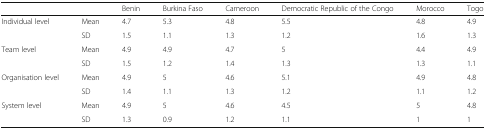
<table><thead><tr><td colspan="2"></td><td><b>Benin</b></td><td><b>Burkina Faso</b></td><td><b>Cameroon</b></td><td><b>Democratic Republic of the Congo</b></td><td><b>Morocco</b></td><td><b>Togo</b></td></tr></thead><tbody><tr><td rowspan="2">Individual level</td><td>Mean</td><td>4.7</td><td>5.3</td><td>4.8</td><td>5.5</td><td>4.8</td><td>4.9</td></tr><tr><td>SD</td><td>1.5</td><td>1.1</td><td>1.3</td><td>1.2</td><td>1.6</td><td>1.3</td></tr><tr><td rowspan="2">Team level</td><td>Mean</td><td>4.9</td><td>4.9</td><td>4.7</td><td>5</td><td>4.4</td><td>4.9</td></tr><tr><td>SD</td><td>1.5</td><td>1.2</td><td>1.4</td><td>1.3</td><td>1.3</td><td>1.1</td></tr><tr><td rowspan="2">Organisation level</td><td>Mean</td><td>4.9</td><td>5</td><td>4.6</td><td>5.1</td><td>4.9</td><td>4.8</td></tr><tr><td>SD</td><td>1.4</td><td>1.1</td><td>1.3</td><td>1.2</td><td>1.1</td><td>1.2</td></tr><tr><td rowspan="2">System level</td><td>Mean</td><td>4.9</td><td>5</td><td>4.6</td><td>4.5</td><td>5</td><td>4.8</td></tr><tr><td>SD</td><td>1.3</td><td>0.9</td><td>1.2</td><td>1.1</td><td>1</td><td>1</td></tr></tbody></table>